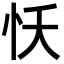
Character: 㤇